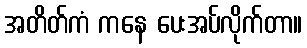
အတိတ်ကံ ကနေ ပေးအပ်လိုက်တာ။